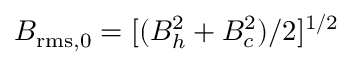
B _ { \mathrm { r m s } , 0 } = [ ( B _ { h } ^ { 2 } + B _ { c } ^ { 2 } ) / 2 ] ^ { 1 / 2 }